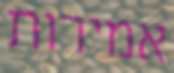
אמירות